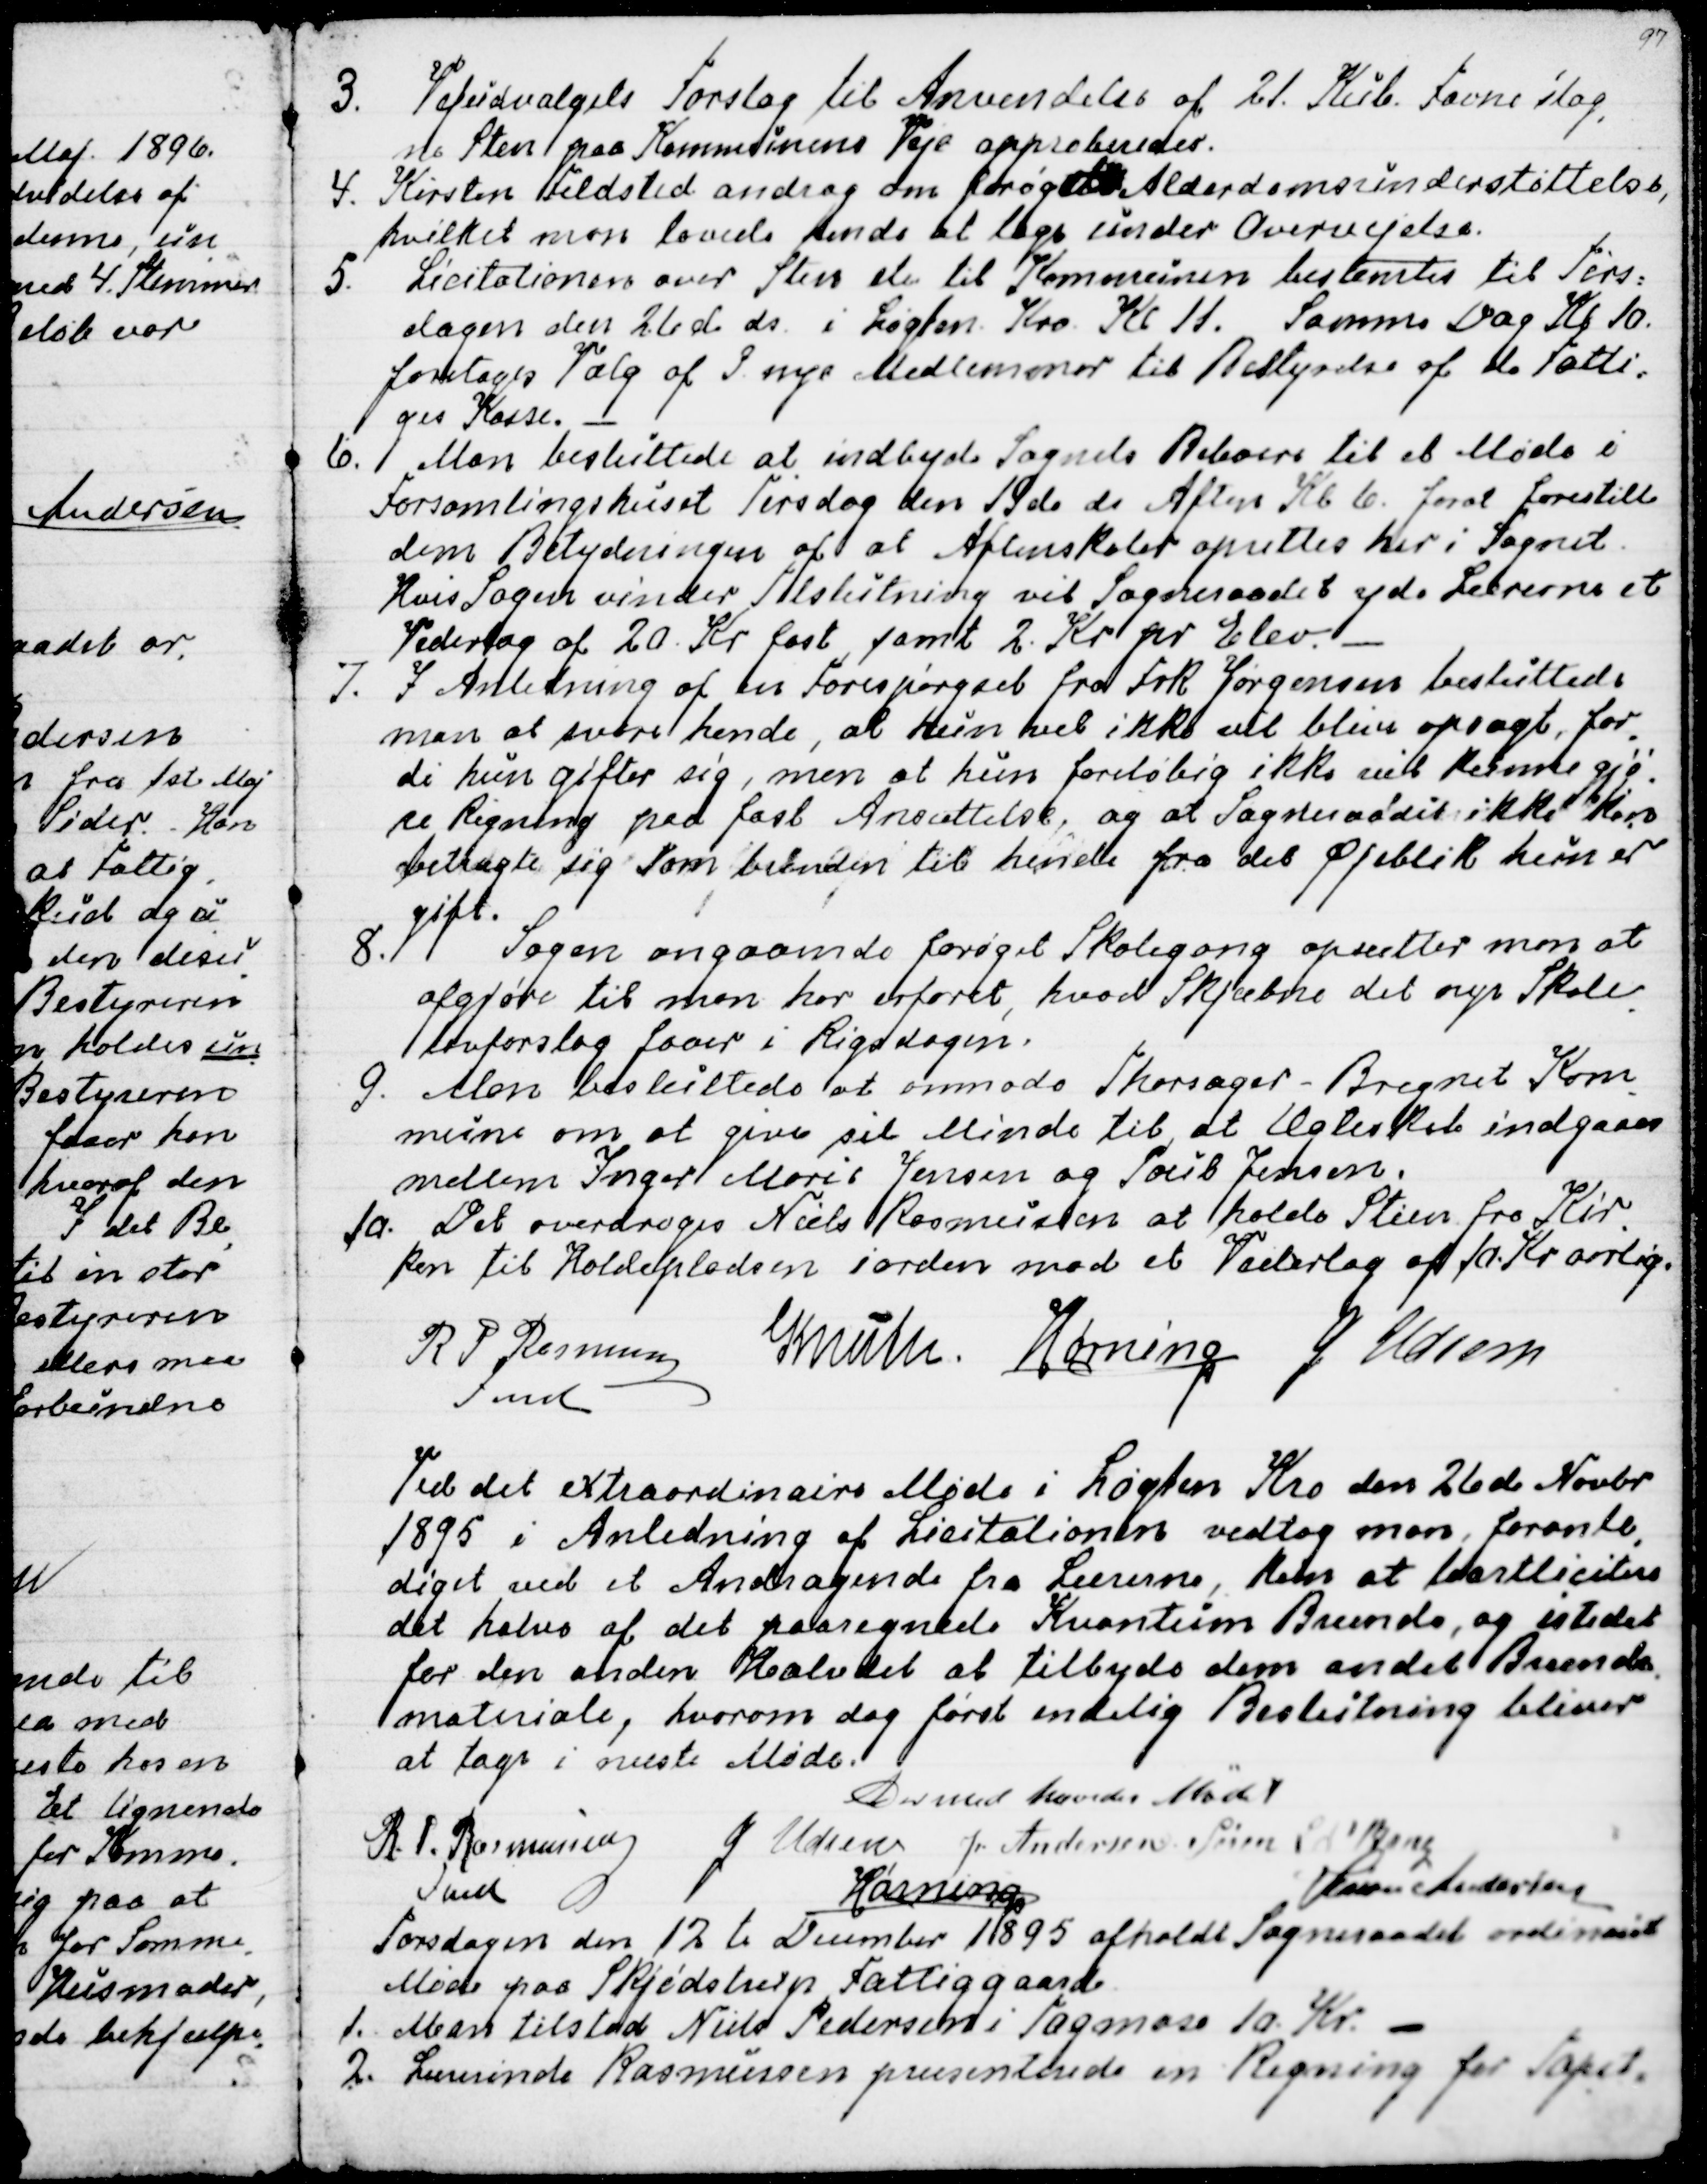
Transskription:
3. Vejudvalgets Forslag til Anvendelse af 21. Kub. Favne slag
-
ne Sten paa Kommunens Veje approberedes.
4. Kirsten Feldsted androg om forhøjet Aldersdomsunderstøttelse,
hvilket man lovede hende at tage under Overvejelse.
5. Licitationen over Sten etc til Kommunen bestemtes til Tirs=
dagen den 26de ds. i Løgten Kro Kl 11. Samme Dag Kl 10.
foretages Valg af 3 nye Medlemmer til Bestyrelse af de Fatti=
ges Kasse. 
6. Man besluttede at indbyde Sognets Beboere til et Møde i
Forsamlingshuset Tirsdag den 19de ds Aften Kl 6. forat forestille
dem Betydningen af at Aftenskoler oprettes her i Sognet.
Hvis Sagen vinder Tilslutning vil Sogneraadet yde Lærerne et
Vederlag af 20. Kr fast, samt 2. Kr pr Elev.
7. I Anledning af en Forespørgsel fra Frk Jørgensen besluttede
man at svare hende, at hun vel ikke vil blive opsagt, for
-
di hun gifter sig, men at hun foreløbig ikke vil kunne gjø-
re Rigning paa fast Ansættelse, og at Sogneraadet ikke kan
betragte sig som bunden til hende fra det Øjeblik hun er
gift.
8. Sagen angaaende forøget Skolegang opsætter man at
afgøre til man har erfaret, hvad Skjæbne det nye Skole
-
lovforslag faaer i Rigsdagen.
9. Man besluttede at anmode Thorsager-Bregnet Kom
-
mune om at give sit Minde til, at Ægteskab indgaaes
mellem Inger Marie Jensen og Poul Jensen.
10. Det overdroges Niels Rasmussen at holde Stien fra Kir
-
ken til Holdepladsen iorden mod et Vederlag af 10. Kr aarlig.
R P Rasmussen
Fmd
Knuth.
Hørning
J Udsen

Ved det extraordinaire Møde i Løgten Kro den 26de Novbr
1895 i Anledning af Licitationen vedtog man, foranle
-
diget ved et Andragende fra Lærerne, kun at bortlicitere
det halve af det paaregnede Kvantum Brænde, og istedet
for den anden Halvdel at tilbyde dem andet Brænde
-
materiale, hvorom dog først endelig Beslutning bliver
at tage i næste Møde.
Dermed hævedes Mødet
R. P. Rasmussen
Fmd
J Udsen
J Andersen
Søren L N Bang
Hørning
Simon Andersen

Torsdagen den 12te December 1895 afholdt Sogneraadet ordinairt
Møde paa Skjødstrup Fattiggaard.
1. Man tilstod Niels Pedersen i Tagmose 10. Kr. 
2. Lærerinde Rasmussen præsenterede en Regning for Tapet-